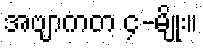
အဗျာကတ ၄-မျိုး။